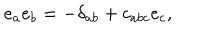
LaTeX: e _ { a } e _ { b } = - \delta _ { a b } + c _ { a b c } e _ { c } ,